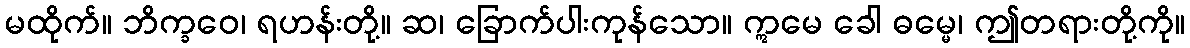
မထိုက်။ ဘိက္ခဝေ၊ ရဟန်းတို့။ ဆ၊ ခြောက်ပါးကုန်သော။ ဣမေ ခေါ ဓမ္မေ၊ ဤတရားတို့ကို။